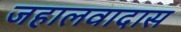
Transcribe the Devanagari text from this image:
जहालवादास